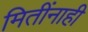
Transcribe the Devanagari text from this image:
मितींनाही